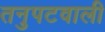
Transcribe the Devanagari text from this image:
तनुपटवाली